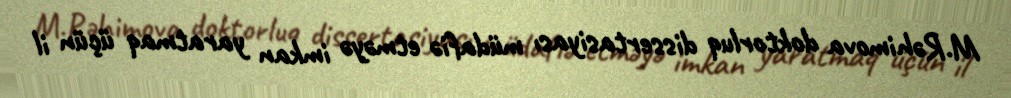
M.Rəhimova doktorluq dissertasiyası müdafiə etməyə imkan yaratmaq üçün il